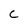
Character: C